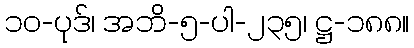
၁၀-ပုဒ်၊ အဘိ-၅-ပါ-၂၃၅၊ ဋ္ဌ-၁၈၈။